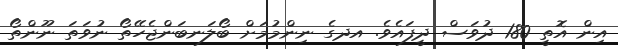
އިން އޮތީ 180 ދުވަސް ދީފައެވެ. އދގެ ނިންމުމަށް ބޯލަނބަންޖެހޭތޯ ނުވަތަ ނޫންތޯ